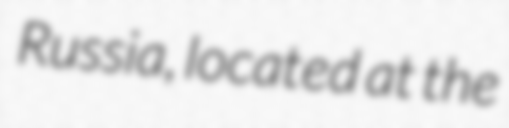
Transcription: Russia, located at the